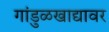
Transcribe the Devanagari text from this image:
गांडुळखाद्यावर